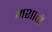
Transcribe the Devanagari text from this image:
मशानें